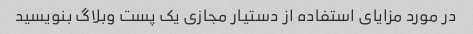
در مورد مزایای استفاده از دستیار مجازی یک پست وبلاگ بنویسید